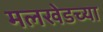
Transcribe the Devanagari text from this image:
मलखेडच्या